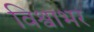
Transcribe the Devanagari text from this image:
विश्वाभर